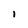
Character: I